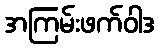
အကြမ်းဖက်ဝါဒ